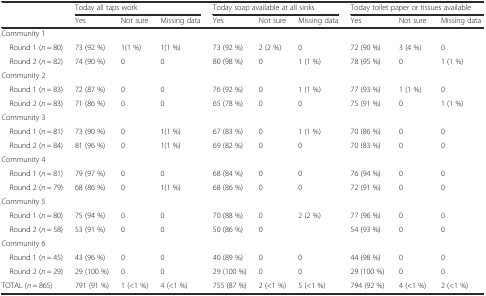
<table><thead><tr><td></td><td colspan="3"><b>Today all taps work</b></td><td colspan="3"><b>Today soap available at all sinks</b></td><td colspan="3"><b>Today toilet paper or tissues available</b></td></tr><tr><td></td><td><b>Yes</b></td><td><b>Not sure</b></td><td><b>Missing data</b></td><td><b>Yes</b></td><td><b>Not sure</b></td><td><b>Missing data</b></td><td><b>Yes</b></td><td><b>Not sure</b></td><td><b>Missing data</b></td></tr></thead><tbody><tr><td colspan="10">Community 1</td></tr><tr><td> Round 1 (<i>n</i> = 80)</td><td>73 (92 %)</td><td>1(1 %)</td><td>1(1 %)</td><td>73 (92 %)</td><td>2 (2 %)</td><td>0</td><td>72 (90 %)</td><td>3 (4 %)</td><td>0</td></tr><tr><td> Round 2 (<i>n</i> = 82)</td><td>74 (90 %)</td><td>0</td><td>0</td><td>80 (98 %)</td><td>0</td><td>1 (1 %)</td><td>78 (95 %)</td><td>0</td><td>1 (1 %)</td></tr><tr><td colspan="10">Community 2</td></tr><tr><td> Round 1 (<i>n</i> = 83)</td><td>72 (87 %)</td><td>0</td><td>0</td><td>76 (92 %)</td><td>0</td><td>1 (1 %)</td><td>77 (93 %)</td><td>1 (1 %)</td><td>0</td></tr><tr><td> Round 2 (<i>n</i> = 83)</td><td>71 (86 %)</td><td>0</td><td>0</td><td>65 (78 %)</td><td>0</td><td>0</td><td>75 (91 %)</td><td>0</td><td>1 (1 %)</td></tr><tr><td colspan="10">Community 3</td></tr><tr><td> Round 1 (<i>n</i> = 81)</td><td>73 (90 %)</td><td>0</td><td>1(1 %)</td><td>67 (83 %)</td><td>0</td><td>1 (1 %)</td><td>70 (86 %)</td><td>0</td><td>0</td></tr><tr><td> Round 2 (<i>n</i> = 84)</td><td>81 (96 %)</td><td>0</td><td>1(1 %)</td><td>69 (82 %)</td><td>0</td><td>0</td><td>70 (83 %)</td><td>0</td><td>0</td></tr><tr><td colspan="10">Community 4</td></tr><tr><td> Round 1 (<i>n</i> = 81)</td><td>79 (97 %)</td><td>0</td><td>0</td><td>68 (84 %)</td><td>0</td><td>0</td><td>76 (94 %)</td><td>0</td><td>0</td></tr><tr><td> Round 2 (<i>n</i> = 79)</td><td>68 (86 %)</td><td>0</td><td>1(1 %)</td><td>68 (86 %)</td><td>0</td><td>0</td><td>72 (91 %)</td><td>0</td><td>0</td></tr><tr><td colspan="10">Community 5</td></tr><tr><td> Round 1 (<i>n</i> = 80)</td><td>75 (94 %)</td><td>0</td><td>0</td><td>70 (88 %)</td><td>0</td><td>2 (2 %)</td><td>77 (96 %)</td><td>0</td><td>0</td></tr><tr><td> Round 2 (<i>n</i> = 58)</td><td>53 (91 %)</td><td>0</td><td>0</td><td>50 (86 %)</td><td>0</td><td></td><td>54 (93 %)</td><td>0</td><td>0</td></tr><tr><td colspan="10">Community 6</td></tr><tr><td> Round 1 (<i>n</i> = 45)</td><td>43 (96 %)</td><td>0</td><td>0</td><td>40 (89 %)</td><td>0</td><td>0</td><td>44 (98 %)</td><td>0</td><td>0</td></tr><tr><td> Round 2 (<i>n</i> = 29)</td><td>29 (100 %)</td><td>0</td><td>0</td><td>29 (100 %)</td><td>0</td><td>0</td><td>29 (100 %)</td><td>0</td><td>0</td></tr><tr><td>TOTAL (<i>n</i> = 865)</td><td>791 (91 %)</td><td>1 (&lt;1 %)</td><td>4 (&lt;1 %)</td><td>755 (87 %)</td><td>2 (&lt;1 %)</td><td>5 (&lt;1 %)</td><td>794 (92 %)</td><td>4 (&lt;1 %)</td><td>2 (&lt;1 %)</td></tr></tbody></table>